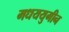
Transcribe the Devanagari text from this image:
मधययुगीन